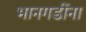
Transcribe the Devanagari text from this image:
भानगडींना